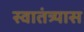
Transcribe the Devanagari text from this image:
स्वातंत्र्यास